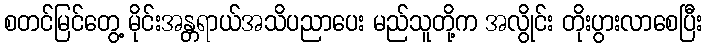
စတင်မြင်တွေ့ မိုင်းအန္တရာယ်အသိပညာပေး မည်သူတို့က အလွိုင်း တိုးပွားလာစေပြီး